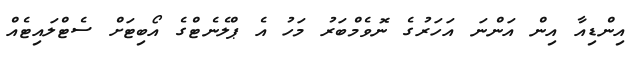
އިންޑިއާ އިން އަންނަ އަހަރުގެ ނޮވެމްބަރު މަހު އެ ޕްލެނެޓްގެ އޯބިޓަށް ސެޓްލައިޓެއް